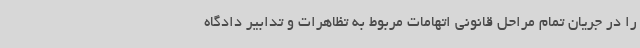
را در جریان تمام مراحل قانونی اتهامات مربوط به تظاهرات و تدابیر دادگاه